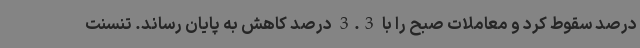
درصد سقوط کرد و معاملات صبح را با 3.3 درصد کاهش به پایان رساند. تنسنت